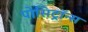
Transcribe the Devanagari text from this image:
पोसिट्रॉन्स